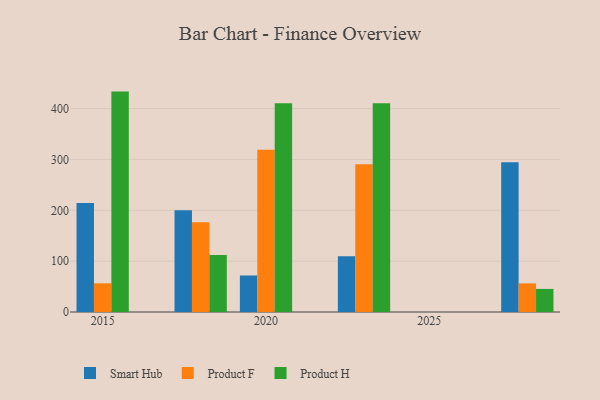
{"axis": {"x": "Year", "y": "Satisfaction Score"}, "legend": ["Product F", "Product H", "Smart Hub"], "data": [{"x": "2018", "y": 200.3, "type": "Smart Hub"}, {"x": "2018", "y": 176.4, "type": "Product F"}, {"x": "2018", "y": 111.9, "type": "Product H"}, {"x": "2023", "y": 109.8, "type": "Smart Hub"}, {"x": "2023", "y": 290.5, "type": "Product F"}, {"x": "2023", "y": 410.4, "type": "Product H"}, {"x": "2020", "y": 71.8, "type": "Smart Hub"}, {"x": "2020", "y": 319.1, "type": "Product F"}, {"x": "2020", "y": 410.7, "type": "Product H"}, {"x": "2028", "y": 294.7, "type": "Smart Hub"}, {"x": "2028", "y": 56.3, "type": "Product F"}, {"x": "2028", "y": 45.4, "type": "Product H"}, {"x": "2015", "y": 214.4, "type": "Smart Hub"}, {"x": "2015", "y": 56.4, "type": "Product F"}, {"x": "2015", "y": 433.5, "type": "Product H"}]}